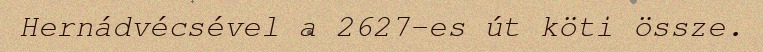
Hernádvécsével a 2627-es út köti össze.